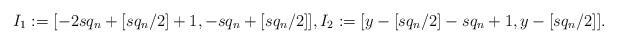
LaTeX: \begin{align*}I_1:= [-2sq_n+[sq_n/2]+1, -sq_n+[sq_n/2] ], I_2:= [y-[sq_n/2]-sq_n+1, y-[sq_n/2]].\end{align*}